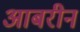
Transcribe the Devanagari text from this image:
आबरीन